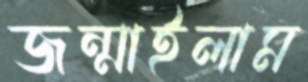
জন্মাইলাম